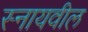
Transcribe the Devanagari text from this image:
स्नायवील